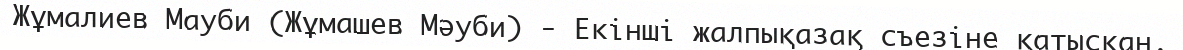
Жұмалиев Мауби (Жұмашев Мәуби) - Екінші жалпықазақ съезіне қатысқан.